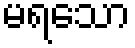
မရသော